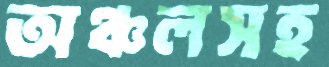
অঞ্চলসহ